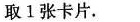
取一张卡片。